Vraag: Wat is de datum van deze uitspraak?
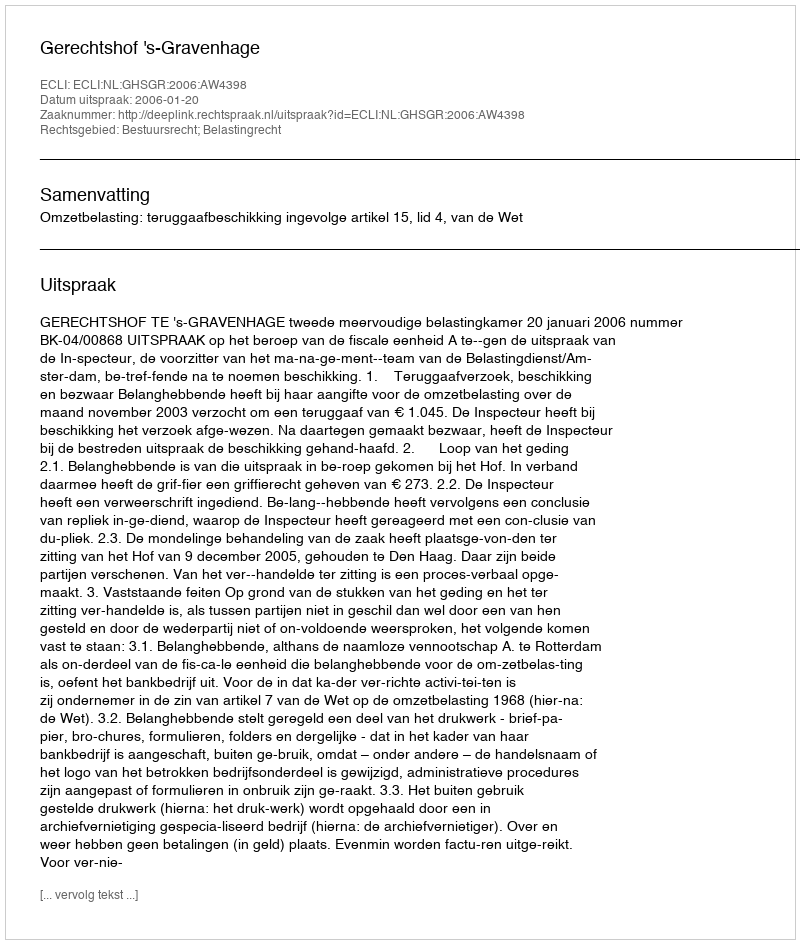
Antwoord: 2006-01-20